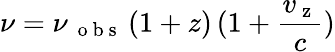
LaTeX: \nu=\nu_{\mathrm{~{~o~b~s~}~}}(1+z)\, (1+\frac{v_{\mathrm{~z~}}}{c})